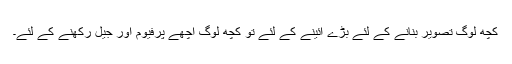
کچھ لوگ تصویر بنانے کے لئے بڑے آئینے کے لئے تو کچھ لوگ اچھے پرفیوم اور جیل رکھنے کے لئے۔